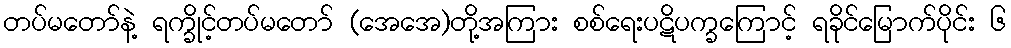
တပ်မတော်နဲ့ ရက္ခိုင့်တပ်မတော် (အေအေ)တို့အကြား စစ်ရေးပဋိပက္ခကြောင့် ရခိုင်မြောက်ပိုင်း ၆